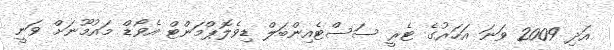
އަދި 2009 ވަނަ އަހަރުގެ ޓެރީ ސަސްޓެއިންބަލް ޑިވެލޮޕްމަންޓް އެވޯޑް މައުމޫނަށް ވަނީ